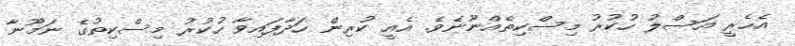
އެހެރީ އަސްލު ހުކުރު މިސްކިތެއްނޫނެވެ. އެއީ ކުރިން ހަދާފައިވާ ހުކުރު މިސްކިތުގެ ނަމޫނާ